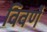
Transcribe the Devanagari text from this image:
विवर्णे